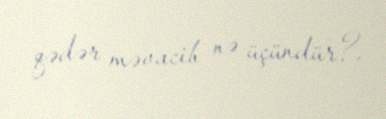
qədər məvacib nə üçündür?.